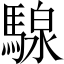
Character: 騡